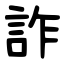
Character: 詐